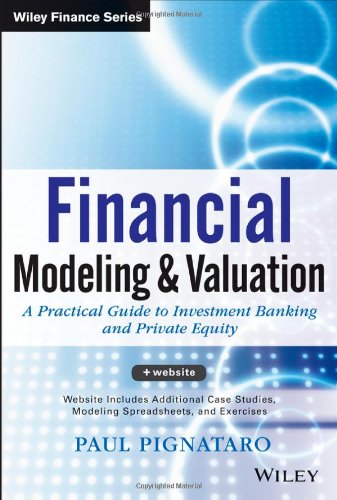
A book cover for Financial Modeling and Valuation: A Practical Guide to Investment Banking and Private Equity; Paul Pignataro; Business & Money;